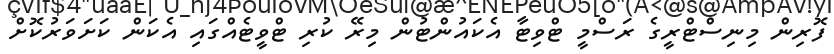
ފޮރިން މިނިސްޓްރީގެ ރަސްމީ ޓްވިޓާ އެކައުންޓުން މިރޭ ކުރި ޓްވީޓެއްގައި އެކަން ކަށަވަރުކޮށް